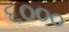
૬૦૦૦